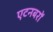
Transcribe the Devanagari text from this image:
एटनबरों